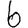
Digit: 6